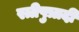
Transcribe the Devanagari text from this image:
स्त्रीपुत्रादी